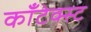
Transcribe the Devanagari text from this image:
कॉंटेक्स्ट